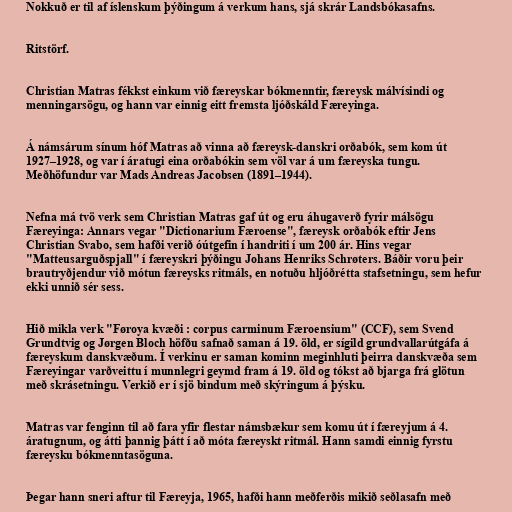
Nokkuð er til af íslenskum þýðingum á verkum hans, sjá skrár Landsbókasafns.

Ritstörf.

Christian Matras fékkst einkum við færeyskar bókmenntir, færeysk málvísindi og
menningarsögu, og hann var einnig eitt fremsta ljóðskáld Færeyinga.

Á námsárum sínum hóf Matras að vinna að færeysk-danskri orðabók, sem kom út
1927–1928, og var í áratugi eina orðabókin sem völ var á um færeyska tungu.
Meðhöfundur var Mads Andreas Jacobsen (1891–1944).

Nefna má tvö verk sem Christian Matras gaf út og eru áhugaverð fyrir málsögu
Færeyinga: Annars vegar "Dictionarium Færoense", færeysk orðabók eftir Jens
Christian Svabo, sem hafði verið óútgefin í handriti í um 200 ár. Hins vegar
"Matteusarguðspjall" í færeyskri þýðingu Johans Henriks Schrøters. Báðir voru þeir
brautryðjendur við mótun færeysks ritmáls, en notuðu hljóðrétta stafsetningu, sem hefur
ekki unnið sér sess.

Hið mikla verk "Føroya kvæði : corpus carminum Færoensium" (CCF), sem Svend
Grundtvig og Jørgen Bloch höfðu safnað saman á 19. öld, er sígild grundvallarútgáfa á
færeyskum danskvæðum. Í verkinu er saman kominn meginhluti þeirra danskvæða sem
Færeyingar varðveittu í munnlegri geymd fram á 19. öld og tókst að bjarga frá glötun
með skrásetningu. Verkið er í sjö bindum með skýringum á þýsku.

Matras var fenginn til að fara yfir flestar námsbækur sem komu út í færeyjum á 4.
áratugnum, og átti þannig þátt í að móta færeyskt ritmál. Hann samdi einnig fyrstu
færeysku bókmenntasöguna.

Þegar hann sneri aftur til Færeyja, 1965, hafði hann meðferðis mikið seðlasafn með